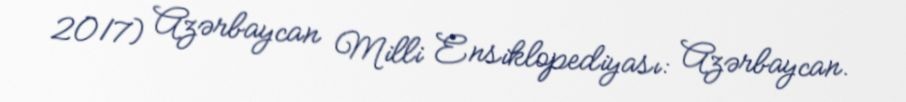
2017) Azərbaycan Milli Ensiklopediyası: Azərbaycan.